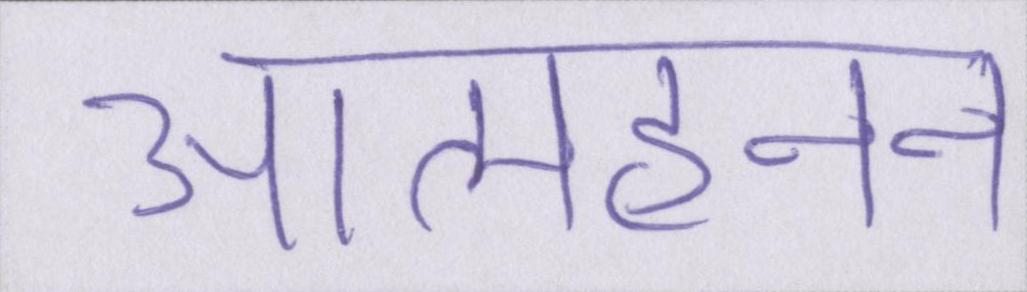
आत्महनन